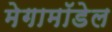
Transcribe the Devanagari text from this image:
मेगामॉडेल